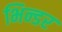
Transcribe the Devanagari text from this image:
भिन्डर